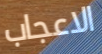
الاعجاب